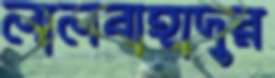
লালবাহাদুর